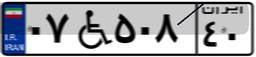
۷۷W۵۹۲۹۲